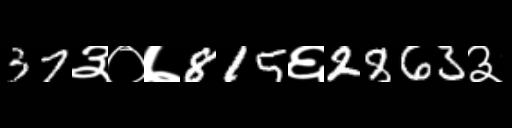
Text: 37३०७815६2863३